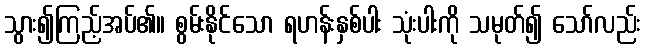
သွား၍ကြည့်အပ်၏။ စွမ်းနိုင်သော ရဟန်းနှစ်ပါး သုံးပါးကို သမုတ်၍ သော်လည်း